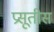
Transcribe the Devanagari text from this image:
प्रसूतीस